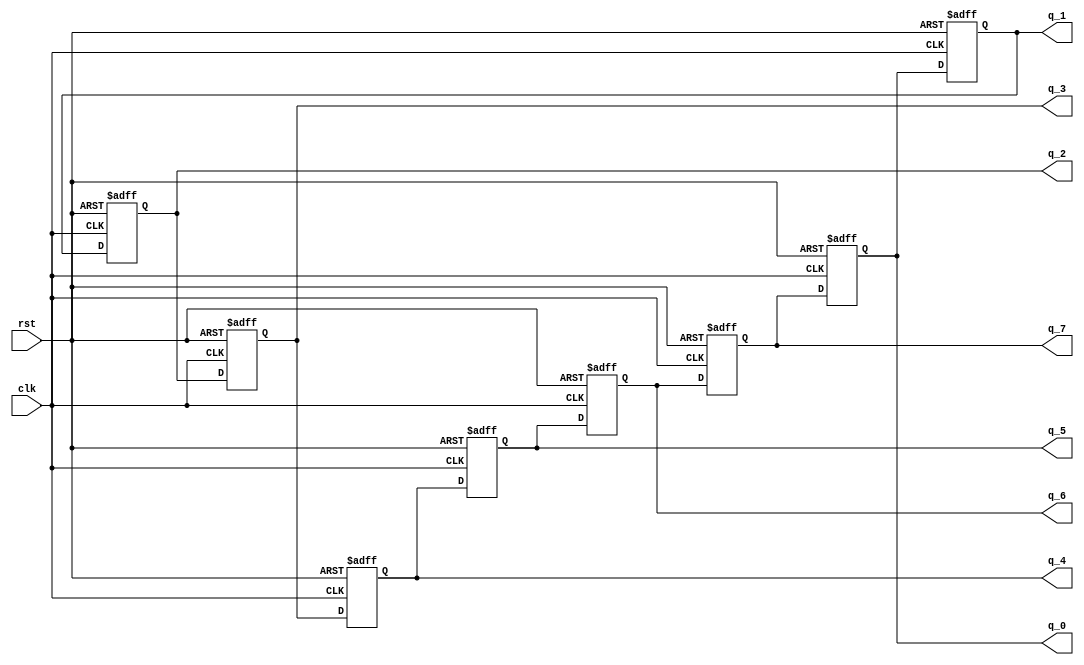
`timescale 1ns / 1ps
//////////////////////////////////////////////////////////////////////////////////
// Company: 
// Engineer: 
// 
// Design Name: 
// Module Name: shift
// Project Name: 
// Target Devices: 
// Tool Versions: 
// Description: 
// 
// Dependencies: 
// 
// Revision:
// Revision 0.01 - File Created
// Additional Comments:
// 
//////////////////////////////////////////////////////////////////////////////////


`define D_n 8'b1101_0101
`define D_t 8'b1110_0001
`define D_H 8'b1001_0001
`define D_U 8'b1000_0011
`define D_E 8'b0110_0001
`define D_C 8'b0110_0011
`define D_S 8'b0100_1001


module shifter(rst,clk,q_0,q_1,q_2,q_3,q_4,q_5,q_6,q_7);
    input clk,rst;
    output [7:0]q_7;
    output [7:0]q_6;
    output [7:0]q_5;
    output [7:0]q_4;
    output [7:0]q_3;
    output [7:0]q_2;
    output [7:0]q_1;
    output [7:0]q_0;

    reg [7:0]q_0;
    reg [7:0]q_1;
    reg [7:0]q_2;
    reg [7:0]q_3;
    reg [7:0]q_4;
    reg [7:0]q_5;
    reg [7:0]q_6;
    reg [7:0]q_7;


always@(posedge clk or posedge rst)
    if(rst)
        begin
            q_7 <= `D_n;
            q_6 <= `D_t;
            q_5 <= `D_H;
            q_4 <= `D_U;
            q_3 <= `D_E;
            q_2 <= `D_E;
            q_1 <= `D_C;
            q_0 <= `D_S;
        end
    else
        begin
            q_7 <= q_6;
            q_6 <= q_5;
            q_5 <= q_4;
            q_4 <= q_3;
            q_3 <= q_2;
            q_2 <= q_1;
            q_1 <= q_0;
            q_0 <= q_7;
        end
endmodule